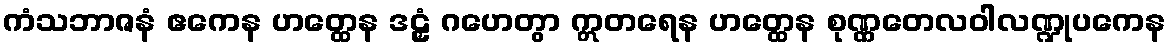
ကံသဘာဇနံ ဧကေန ဟတ္ထေန ဒဠှံ ဂဟေတွာ ဣတရေန ဟတ္ထေန စုဏ္ဏတေလဝါလဏ္ဍုပကေန